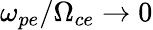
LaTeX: \omega_{pe}/\Omega_{ce}\rightarrow 0